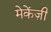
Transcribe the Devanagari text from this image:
मेकेंज़ी